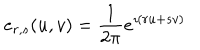
LaTeX: e _ { r , s } ( u , v ) = \frac 1 { 2 \pi } e ^ { \imath ( r u + s v ) }